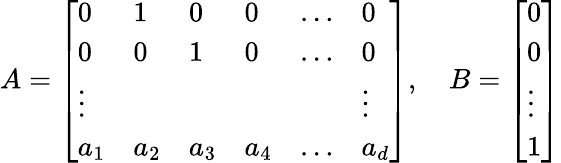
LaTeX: A=\left[\begin{array}{llllll}{0}&{1}&{0}&{0}&{\ldots}&{0}\\ {0}&{0}&{1}&{0}&{\ldots}&{0}\\ {\vdots}&&&&&{\vdots}\\ {a_{1}}&{a_{2}}&{a_{3}}&{a_{4}}&{\ldots}&{a_{d}}\end{array}\right],\quad B=\left[\begin{array}{l}{0}\\ {0}\\ {\vdots}\\ {1}\end{array}\right]